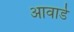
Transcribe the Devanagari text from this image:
आवार्डे